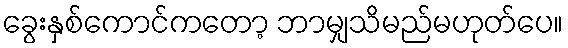
ခွေးနှစ်ကောင်ကတော့ ဘာမျှသိမည်မဟုတ်ပေ။